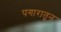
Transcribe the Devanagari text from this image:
पगारातून